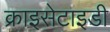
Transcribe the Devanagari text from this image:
क्राइसेटाइडी